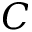
C